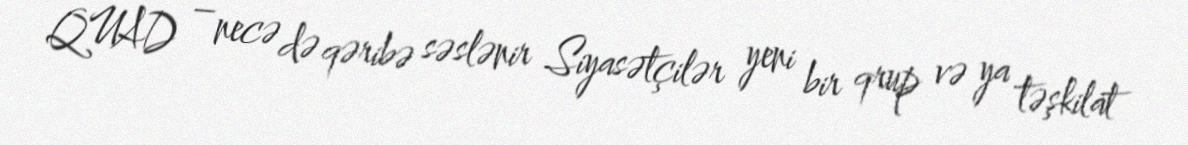
QUAD – necə də qəribə səslənir Siyasətçilər yeni bir qrup və ya təşkilat